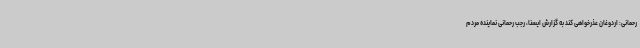
رحمانی: اردوغان عذرخواهی کند به گزارش ایسنا، رجب رحمانی نماینده مردم